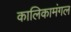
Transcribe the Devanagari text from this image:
कालिकामंगल